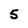
Character: 5